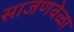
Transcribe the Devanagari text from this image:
साजणवेळा